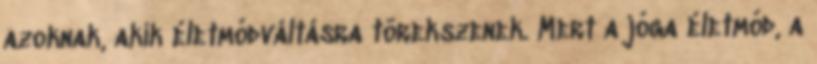
azoknak, akik életmódváltásra törekszenek. Mert a jóga életmód, a